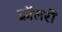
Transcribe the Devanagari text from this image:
क्रॉलरों